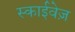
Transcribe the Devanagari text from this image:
स्काईवेज़